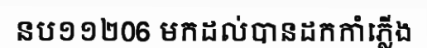
នប១១២06 មកដល់បានដកកាំភ្លើង